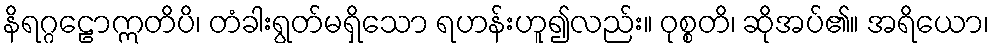
နိရဂ္ဂဠောဣတိပိ၊ တံခါးရွတ်မရှိသော ရဟန်းဟူ၍လည်း။ ဝုစ္စတိ၊ ဆိုအပ်၏။ အရိယော၊